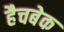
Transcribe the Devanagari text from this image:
हैचबेक